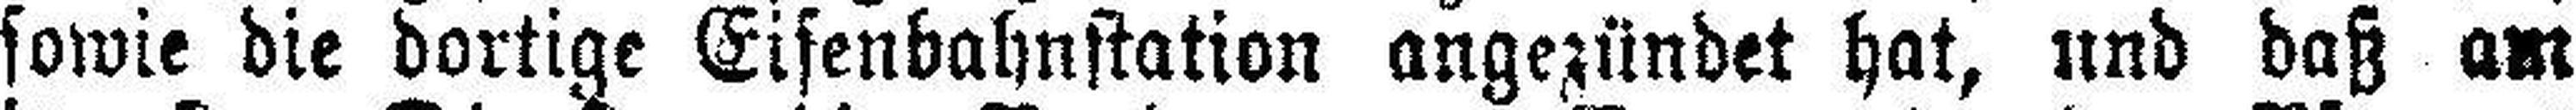
sowie die dortige Eisenbahnstation angezündet hat, und daß am